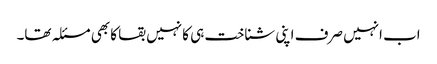
اب انہیں صرف اپنی شناخت ہی کا نہیں بقا کا بھی مسئلہ تھا۔